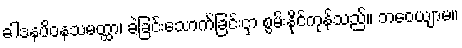
ခါဒနပိဝနသမတ္ထာ၊ ခဲခြင်းသောက်ခြင်းငှာ စွမ်းနိုင်ကုန်သည်။ ဘဝေယျာမ။